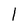
Character: l